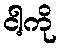
ငါ့ကို